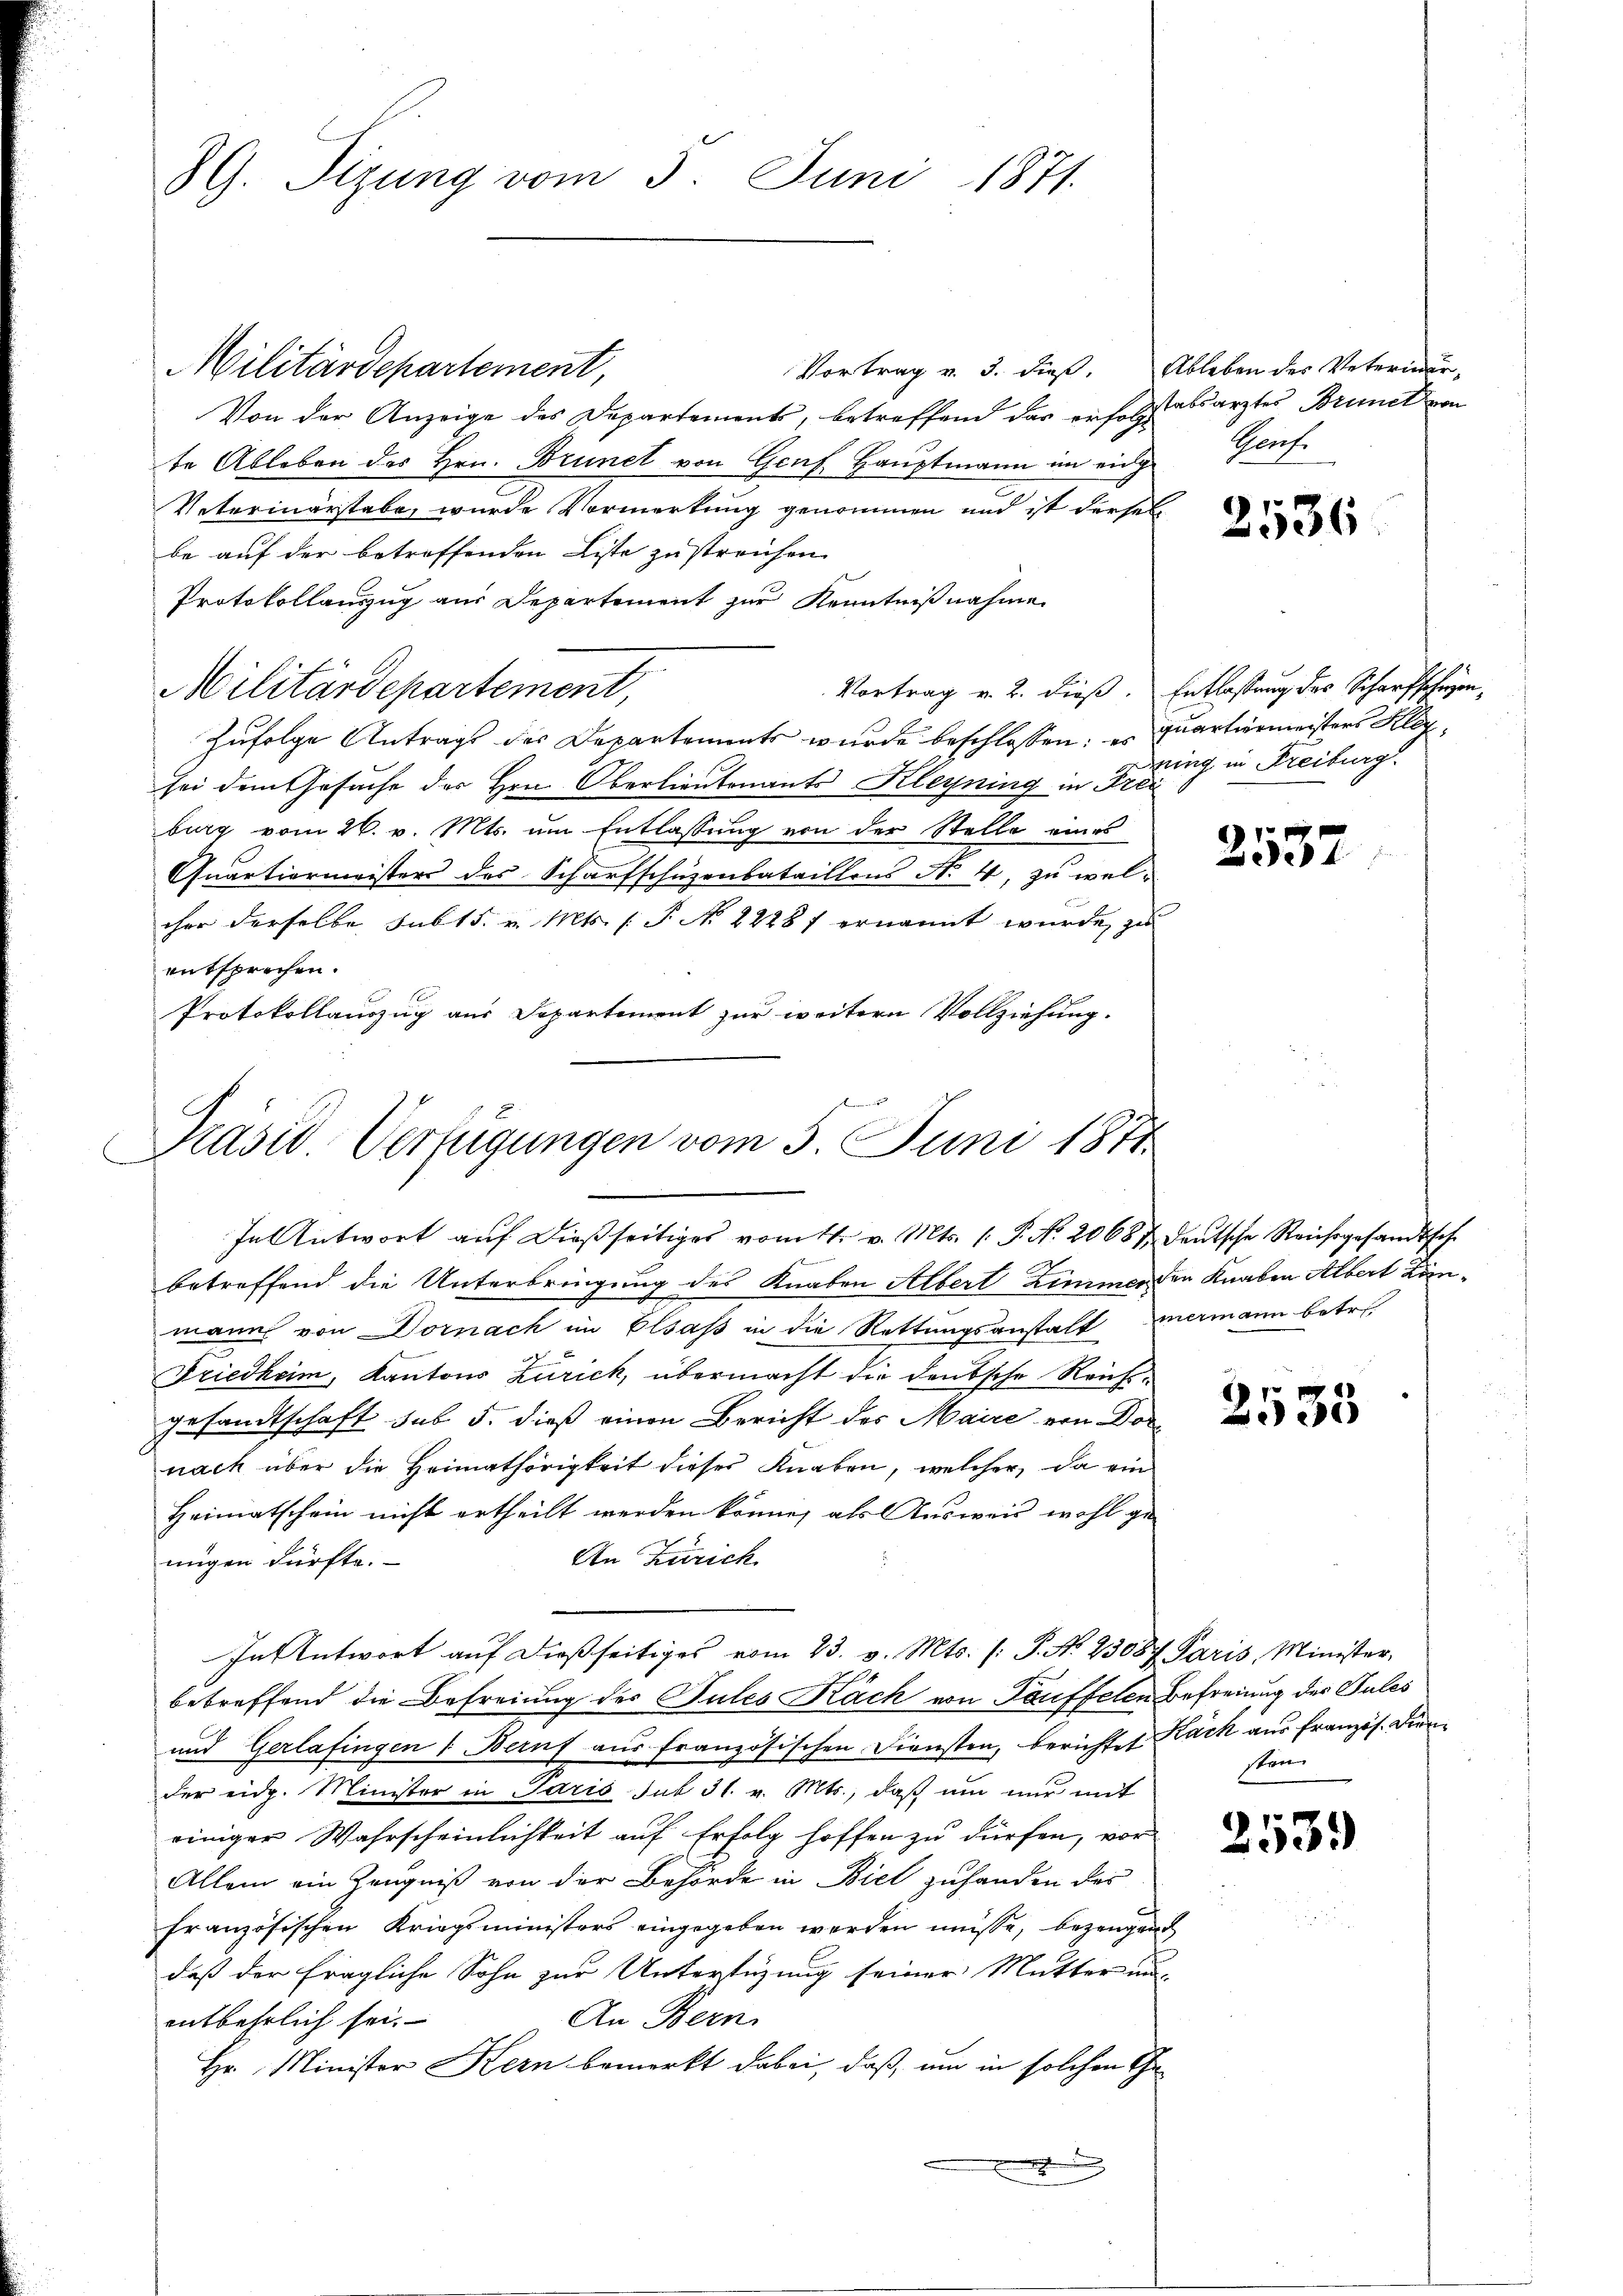
8G. Tizung vom 5. Juni 1871.

Militärdepartement,
Vortrag v. 3. dieß,
Von der Anzeige des Departements, betreffend das erfolgstabsarztes Brunct von
te Ableben des Hrn. Brunet von Genf. Hauptmann im eidg
Veterinärstabe, wurde Vormerkung genommen und ist dersel
be auf der betroffenden Liste zu streichen
Protokollauszug aus Departement zur Kenntnißnahme
Vortrag v. 2. dieß. Entlassung des Scharfschagen,
Militärdepartement,
Zufolge Antrags des Departements wurde beschlossen: es Quartiermeisters Klafsei dem Gesuche des Hrn. Oberlieutenants Kleyning in Frei
burg vom 26. v. Mts. um Entlassung von der Stelle eines
Quartiermeisters des Scharfschuzenbataillons No 4, zu wel-
cher derselbe Subts. v. Mts. (T. N. 2228 f ernannt wurde, zu
entsprechen.
Protokollauszug aus Departement zur weitern Vollziehung.

Präsid. Verfügungen vom 5. Juni 1871
In Antwort aŭf dießseitiges vom 11. v. Mts. (: P. Nr. 20687. Deutsche Reichsgesandtsche

betreffend die Unterbringung des Knaben Albert Zimmer den Knaben Albert Länmann von Dornach im Elsass in die Rettungsanstalt mermann betr.
Friedheim, Kantons Zürich, übermacht die deutsche Reichsgesandtschaft sub 5. dieß einen Bericht des Maire von Dor
nach über die Heimathörigkeit dieser Knaben, welcher, da ein
Heimatschein nicht ertheilt werden könne, als Ausweis wohl ge¬
An Zürich
migen dürfte.
In Antwort aŭf dießseitiges vom 23. v. Mts. (: P. No 23087 Paris Minister-
betreffend die Befreiung des Gutes Käch von Täuffelen Befreiung der Sules
und Gerlafingen 1. Beruf aus französischen Diensten, berichtet Käck aus französ. Diender eidg. Minister in Paris sub 31. v. Mts., daß um nur mit
einiger Wahrscheinlichkeit auf Erfolg hoffen zu dürfen, vor
Allein ein Zeugniß von der Behörde in Biel zuhanden des
französischen Kriegsministers eingegeben werden müsse, bezeugend
daß der fragliche Sohn zur Unterstüzung seiner Mutter un-
An Bern.
entbehrlich sei.
Hr. Minister Kern bemerkt dabei, daß, um in solchen Ge¬

Ableben der Veterndeur,
Porf.

2536

ging in Freiburg.

2537

2533

sten.

2539)